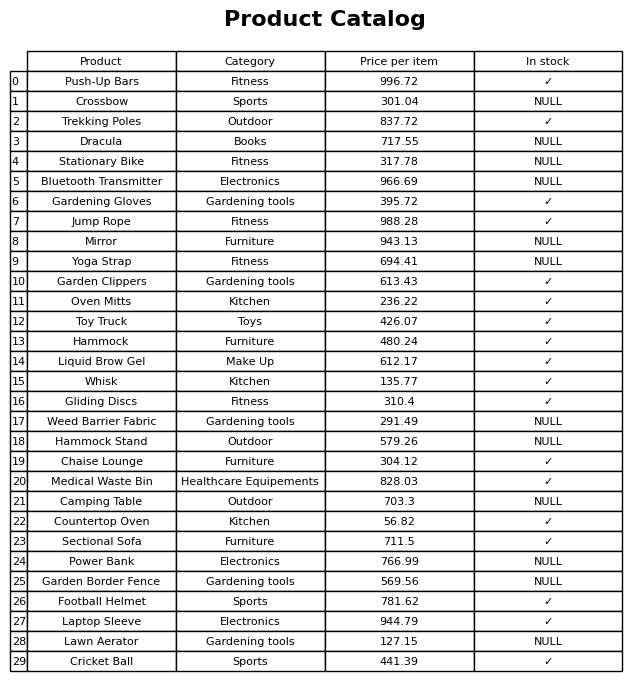
question: Which products are available in stock?
answer: Push-Up Bars, Trekking Poles, Gardening Gloves, Jump Rope, Garden Clippers, Oven Mitts, Toy Truck, Hammock, Liquid Brow Gel, Whisk, Gliding Discs, Chaise Lounge, Medical Waste Bin, Countertop Oven, Sectional Sofa, Football Helmet, Laptop Sleeve, Cricket Ball